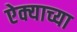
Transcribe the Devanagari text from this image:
ऐक्याच्या